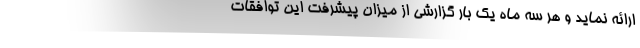
ارائه نماید و هر سه ماه یک بار گزارشی از میزان پیشرفت این توافقات